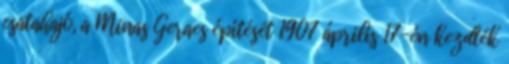
csatahajó, a Minas Geraes építését 1907 április 17-én kezdték